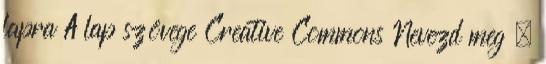
lapra A lap szövege Creative Commons Nevezd meg –